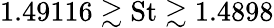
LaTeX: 1.49116\gtrsim\textrm{St}\gtrsim 1.4898